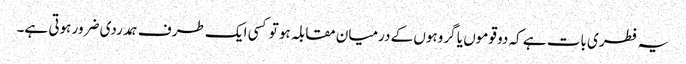
یہ فطری بات ہے کہ دو قوموں یا گروہوں کے درمیان مقابلہ ہو تو کسی ایک طرف ہمدردی ضرور ہوتی ہے۔